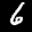
Label: 6